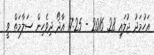
އަހުމަދު ޖުލައި 28